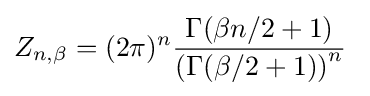
Z_{n,\beta }=(2\pi )^{n}{\frac {\Gamma (\beta n/2+1)}{\left(\Gamma (\beta /2+1)\right)^{n}}}~